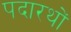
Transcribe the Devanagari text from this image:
पदारथों